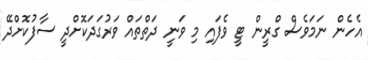
އެހެން ނަމަވެސް ގްރީން ޓީ ވެފައި މި ވަނީ ދަތްތައް ވަރުގަދަކޮށްދީ ސާފުކޮށްދޭ